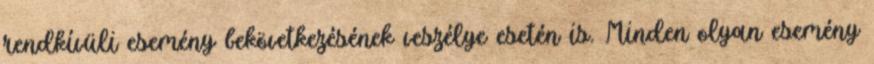
rendkívüli esemény bekövetkezésének veszélye esetén is. Minden olyan esemény